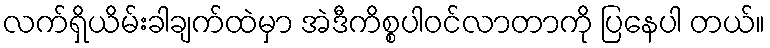
လက်ရှိယိမ်းခါချက်ထဲမှာ အဲဒီကိစ္စပါဝင်လာတာကို ပြနေပါ တယ်။